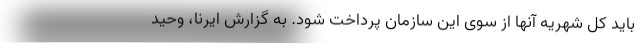
باید کل شهریه آنها از سوی این سازمان پرداخت شود. به گزارش ایرنا، وحید